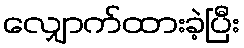
လျှောက်ထားခဲ့ပြီး